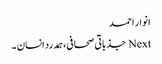
انوار احمد
Next جذباتی صحافی،ہمدرد انسان ۔